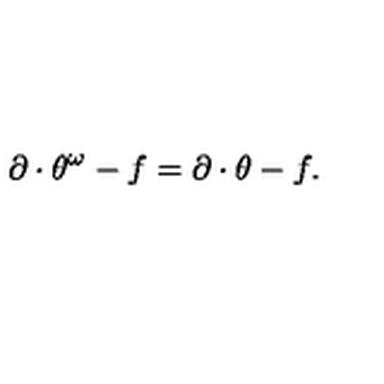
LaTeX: \partial \cdot \theta ^ { \omega } - f = \partial \cdot \theta - f .